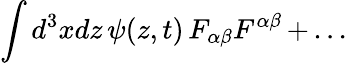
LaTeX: \int d^{3}xdz\, \psi(z,t)\, F_{\alpha\beta}F^{\alpha\beta}\, +\, ...